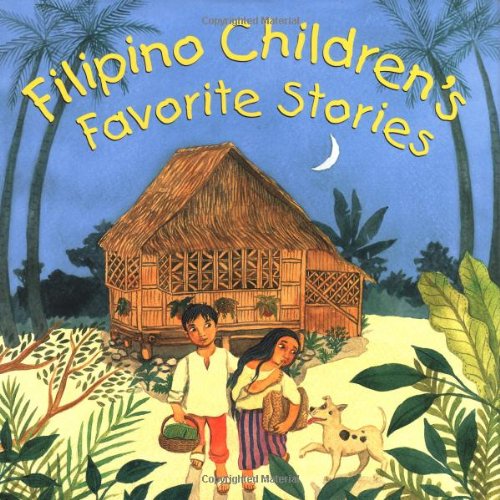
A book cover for Filipino Children's Favorite Stories; Liana Elena Romulo; Children's Books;